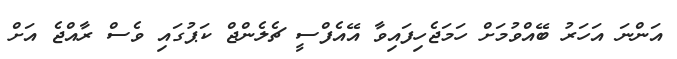
އަންނަ އަހަރު ބޭއްވުމަށް ހަމަޖެހިފައިވާ އޭއެފްސީ ޗެލެންޖް ކަޕުގައި ވެސް ރާއްޖެ އަށް